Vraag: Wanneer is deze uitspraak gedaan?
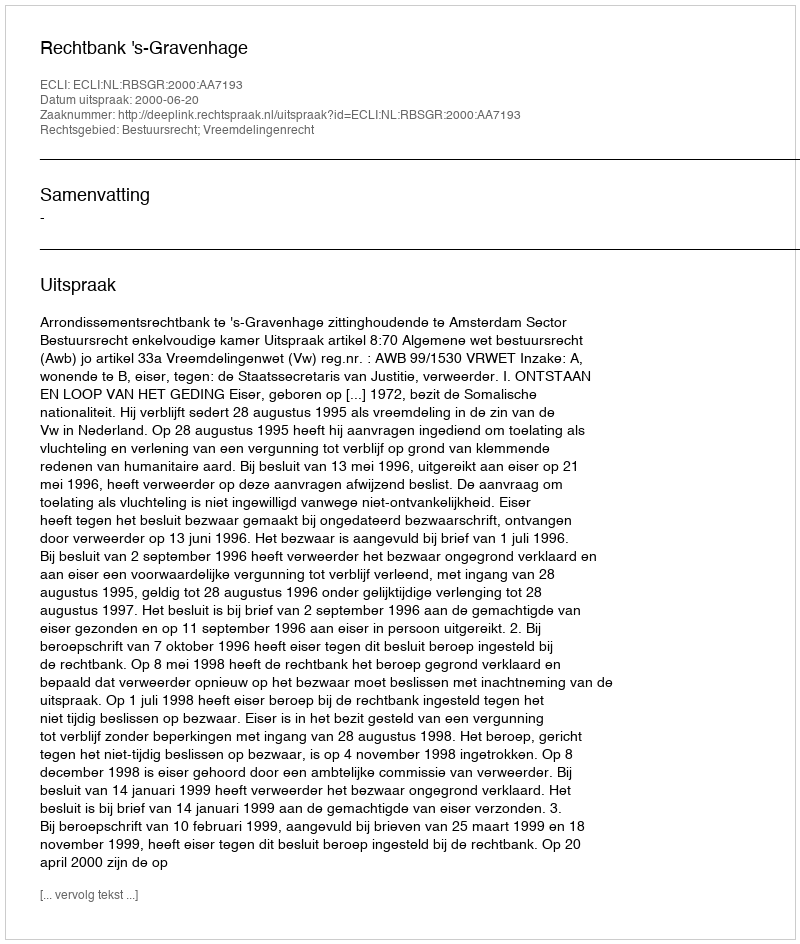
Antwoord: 2000-06-20